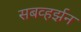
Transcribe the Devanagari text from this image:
सबव्हर्झन